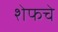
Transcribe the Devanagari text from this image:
शेफचे